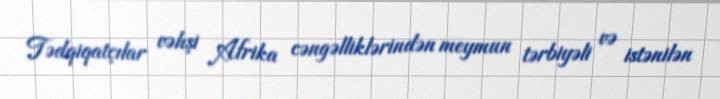
Tədqiqatçılar vəhşi Afrika cəngəlliklərindən meymun tərbiyəli və istənilən